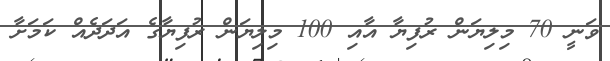
ވަނީ 70 މިލިޔަން ރުފިޔާ އާއި 100 މިލިޔަން ރުފިޔާގެ އަދަދެއް ކަމަށާ